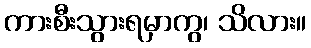
ကားစီးသွားရမှာကွ၊ သိလား။